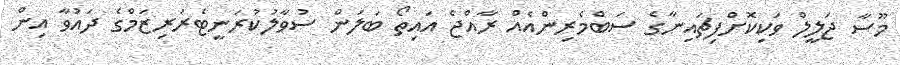
މޫސާ ޖަލީލް ވަކިކޮށްފިޗައިނާގެ ސަބްމެރިންއެއް ރާއްޖެ އައިތޯ ބަލަން ސުވާލުކުރަނީޓެރަރިޒަމްގެ ދައުވާ އިން